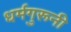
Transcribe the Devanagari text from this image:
धर्मगुरूनी